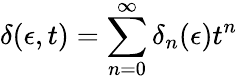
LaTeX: \delta(\epsilon,t)=\sum_{n=0}^{\infty}\delta_{n}(\epsilon)t^{n}